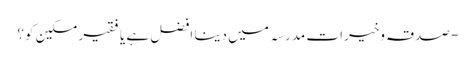
- صدقہ وخیرات مدرسہ میں دینا افضل ہے یا فقیر مسکین کو؟